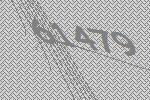
61479